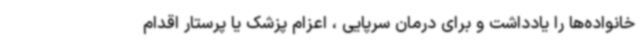
خانواده‌ها را یادداشت و برای درمان سرپایی ، اعزام پزشک یا پرستار اقدام